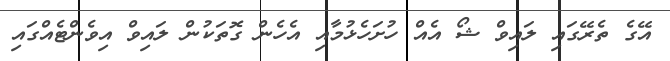
އޭގެ ތެރޭގައި ލައިވް ޝޯ އެއް ހުށަހެޅުމާއި އެހެން ގޮތަކުން ލައިވް އިވެންޓެއްގައި